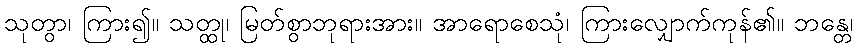
သုတွာ၊ ကြား၍။ သတ္ထု၊ မြတ်စွာဘုရားအား။ အာရောစေသုံ၊ ကြားလျှောက်ကုန်၏။ ဘန္တေ၊